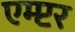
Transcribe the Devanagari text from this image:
एम्प्टर